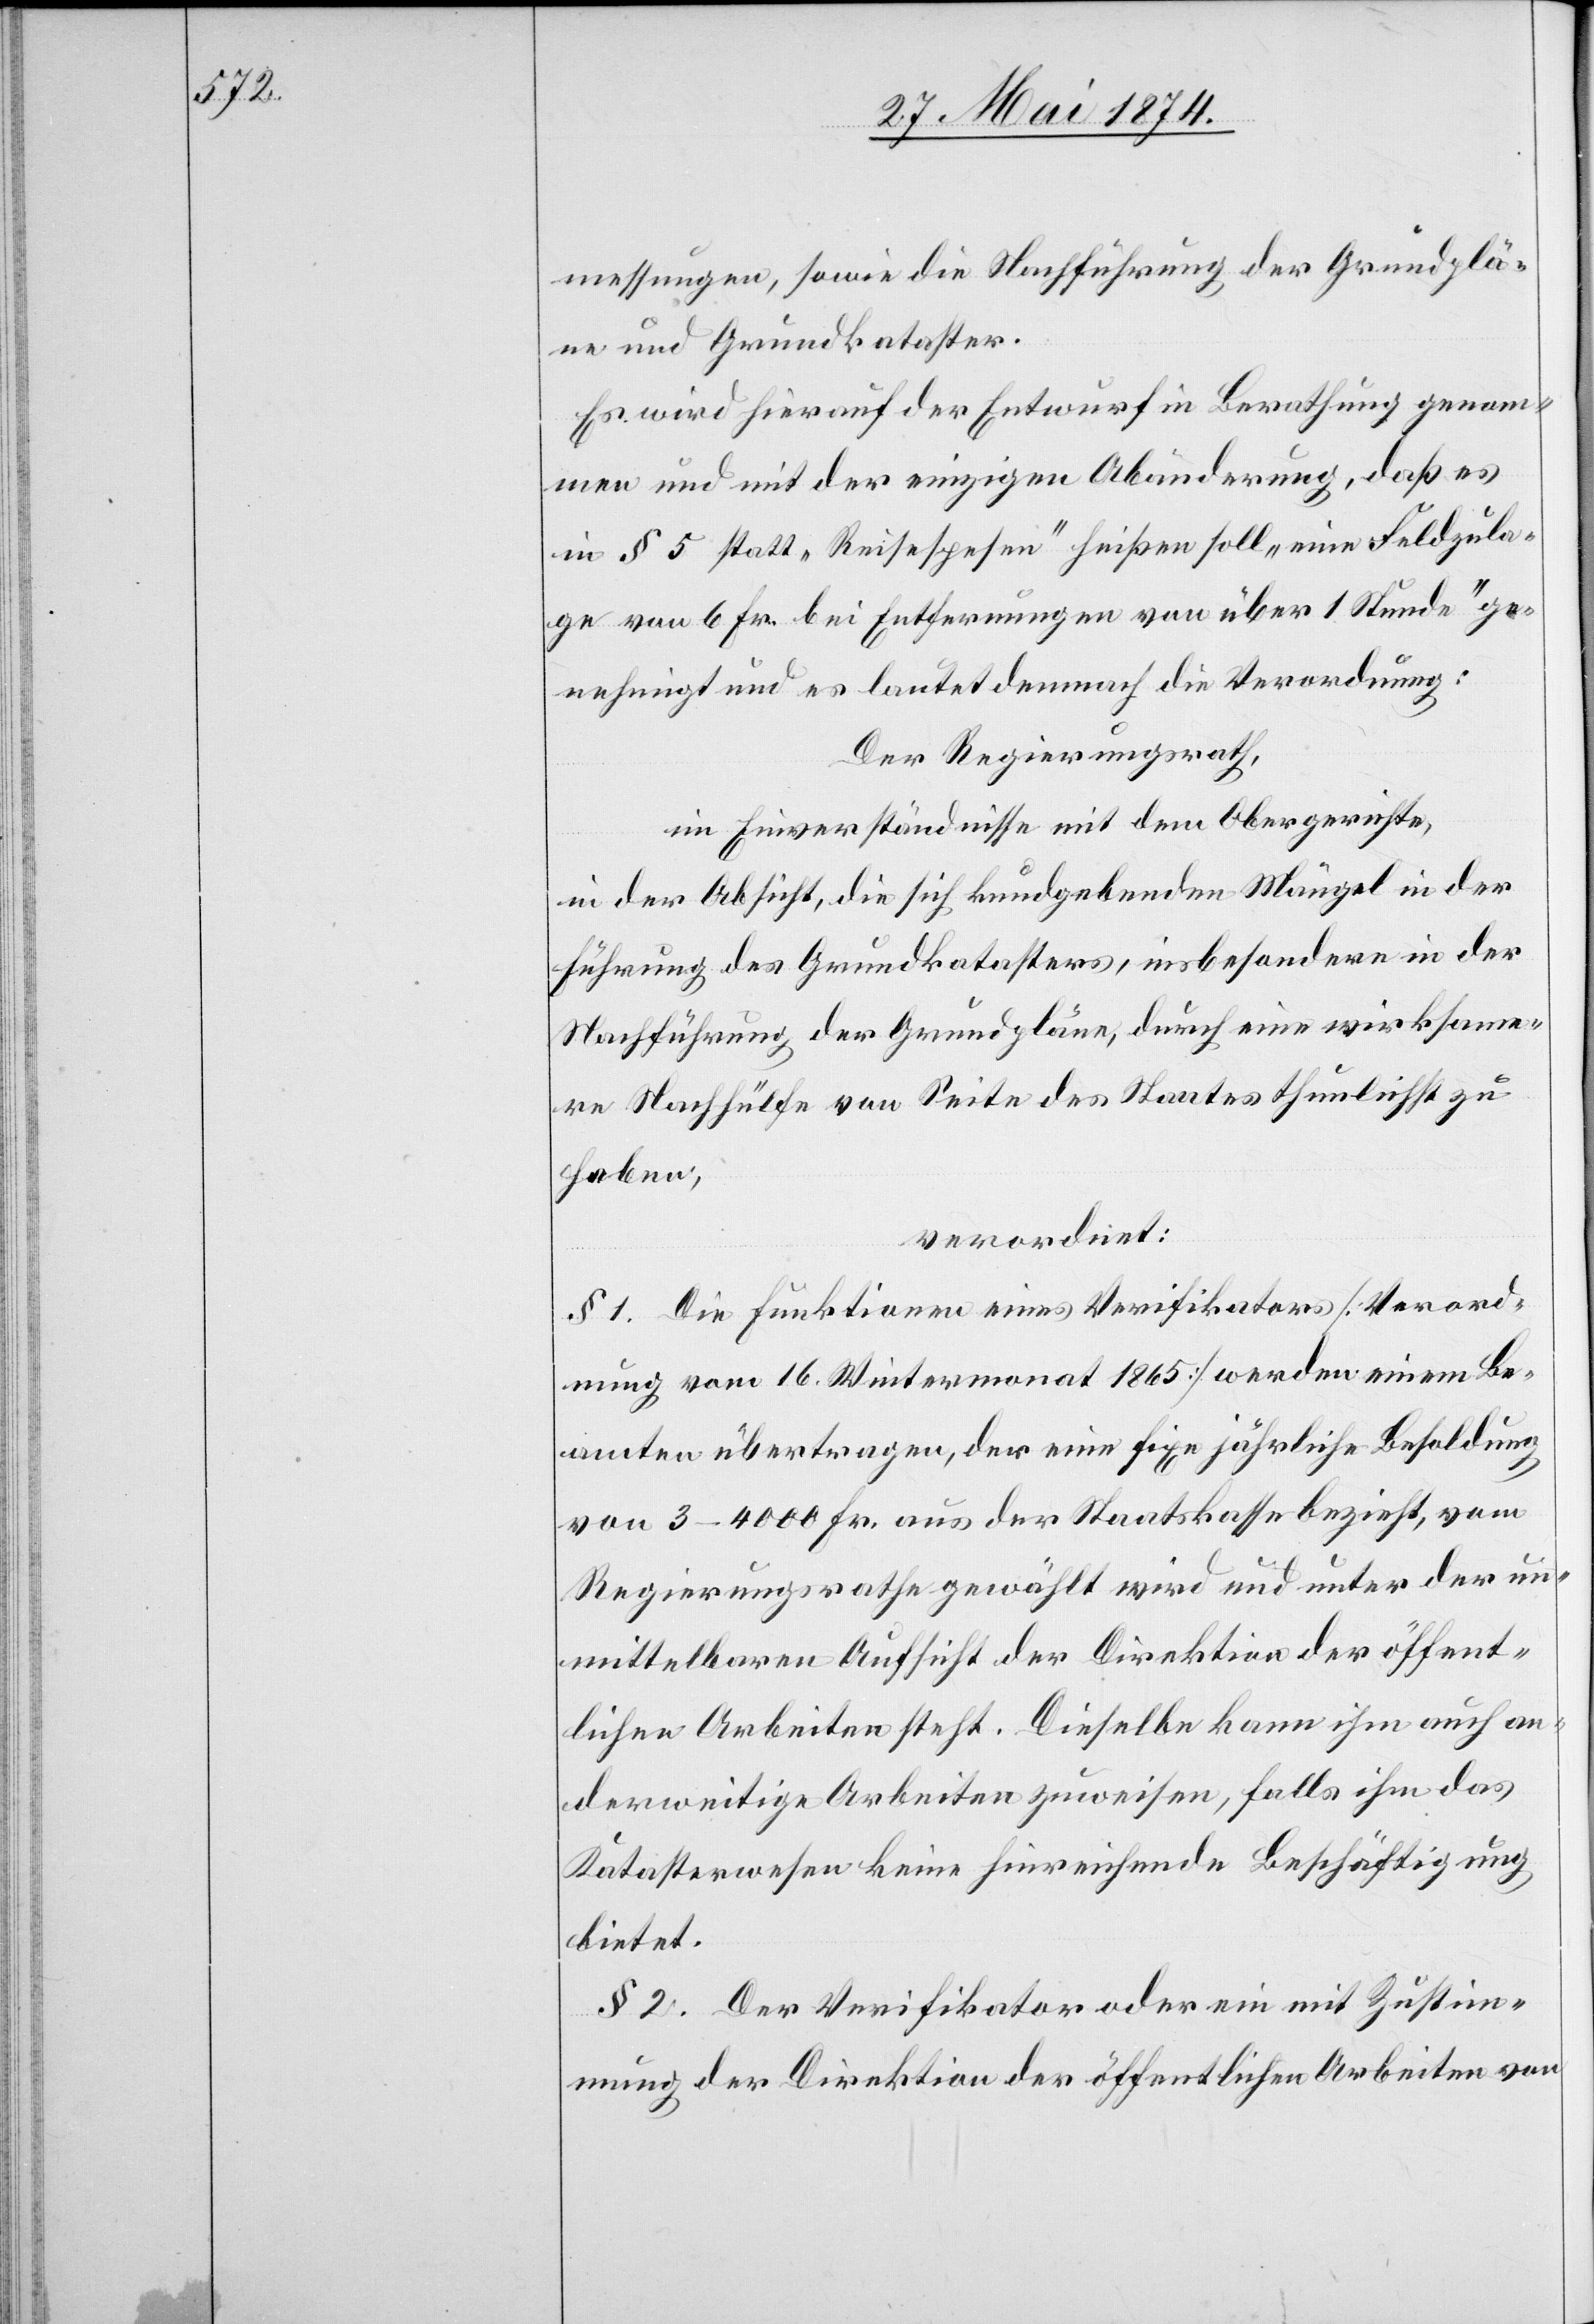
messungen, sowie die Nachführung der Grundplä¬
ne und Grundkataster.
Es wird hierauf der Entwurf in Berathung genom¬
men und mit der einzigen Abänderung, daß es
in § 5 statt „Reisespesen“ heißen soll „eine Feldzula¬
ge von 6 Fr. bei Entfernungen von über 1 Stunde“ ge¬
nehmigt und es lautet demnach die Verordnung:
Der Regierungsrath,
im Einverständnisse mit dem Obergerichte,
in der Absicht, die sich kundgebenden Mängel in der
Führung des Grundkatasters, insbesondere in der
Nachführung der Grundpläne, durch eine wirksame¬
re Nachhülfe von Seite des Staates thunlichst zu
haben,
verordnet:
§ 1. Die Funktionen eines Verifikators [Verord¬
nung vom 16. Wintermonat 1865] werden einem Be¬
amten übertragen, der eine fixe jährliche Besoldung
von 3–4000 Fr. aus der Staatskasse bezieht, vom
Regierungsrathe gewählt wird und unter der un¬
mittelbaren Aufsicht der Direktion der öffent¬
lichen Arbeiten steht. Dieselbe kann ihm auch an¬
derweitige Arbeiten zuweisen, falls ihm das
Katasterwesen keine hinreichende Beschäftigung
bietet.
§ 2. Der Verifikator oder ein mit Zustim¬
mung der Direktion der öffentlichen Arbeiten von